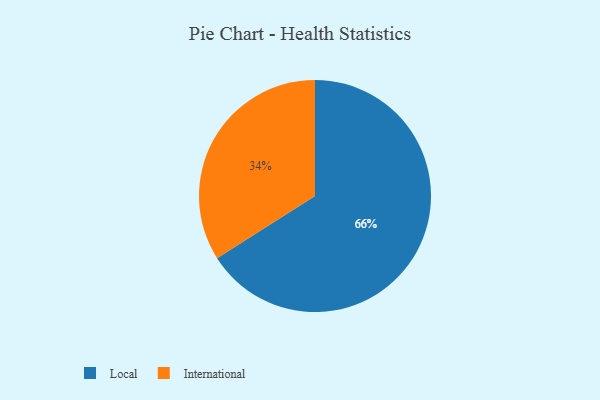
{"axis": {"x": "Category", "y": "Percentage"}, "legend": ["International", "Local"], "data": [{"x": "Local", "y": 66, "type": "Local"}, {"x": "International", "y": 34, "type": "International"}]}